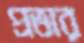
প্রভার